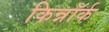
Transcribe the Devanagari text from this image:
किन्नॉर्क